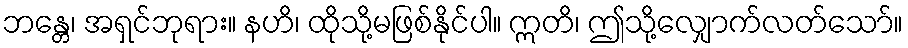
ဘန္တေ၊ အရှင်ဘုရား။ နဟိ၊ ထိုသို့မဖြစ်နိုင်ပါ။ ဣတိ၊ ဤသို့လျှောက်လတ်သော်။